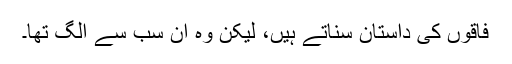
فاقوں کی داستان سناتے ہیں، لیکن وہ ان سب سے الگ تھا۔